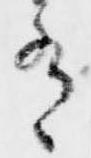
有